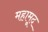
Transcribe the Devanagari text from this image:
महामूद